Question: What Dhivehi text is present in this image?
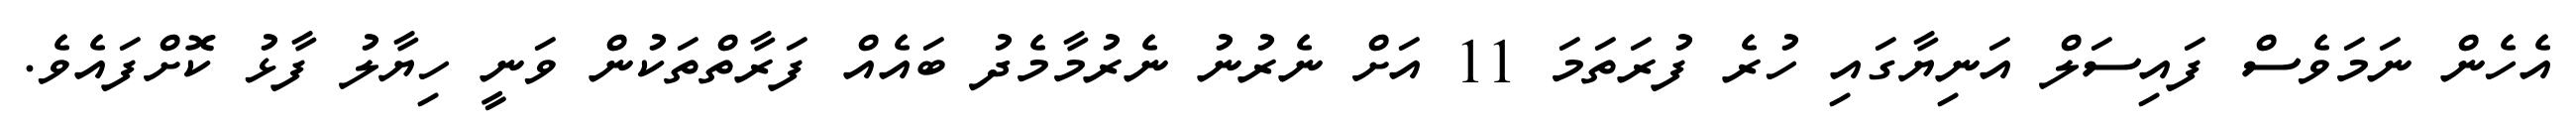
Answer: އެހެން ނަމަވެސް ފައިސަލް އަނިޔާގައި ހުރެ ފުރަތަމަ 11 އަށް ނެރުނު ނެރުމާމެދު ބައެއް ފަރާތްތަކުން ވަނީ ހިޔާލު ފާޅު ކޮށްފައެވެ.